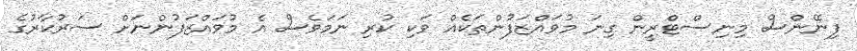
ފިނޭންސް މިނިސްޓްރީން ގިނަ މުވައްޒަފުންތަކެއް ވަކި ކުރި ނަމަވެސް އެ މުވައްޒަފުންނަށް ސަރުކާރުގެ